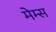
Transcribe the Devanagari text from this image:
मेम्स